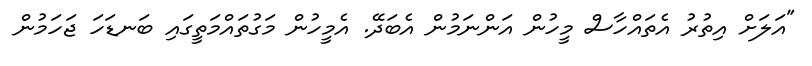
"އަލަށް އިތުރު އެތައްހާސް މީހުން އަންނަމުން އެބަދޭ. އެމީހުން މަގުތައްމަތީގައި ބަނޑަހަ ޖަހަމުން